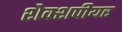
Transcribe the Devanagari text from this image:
शेक्शपीयर